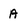
Character: A